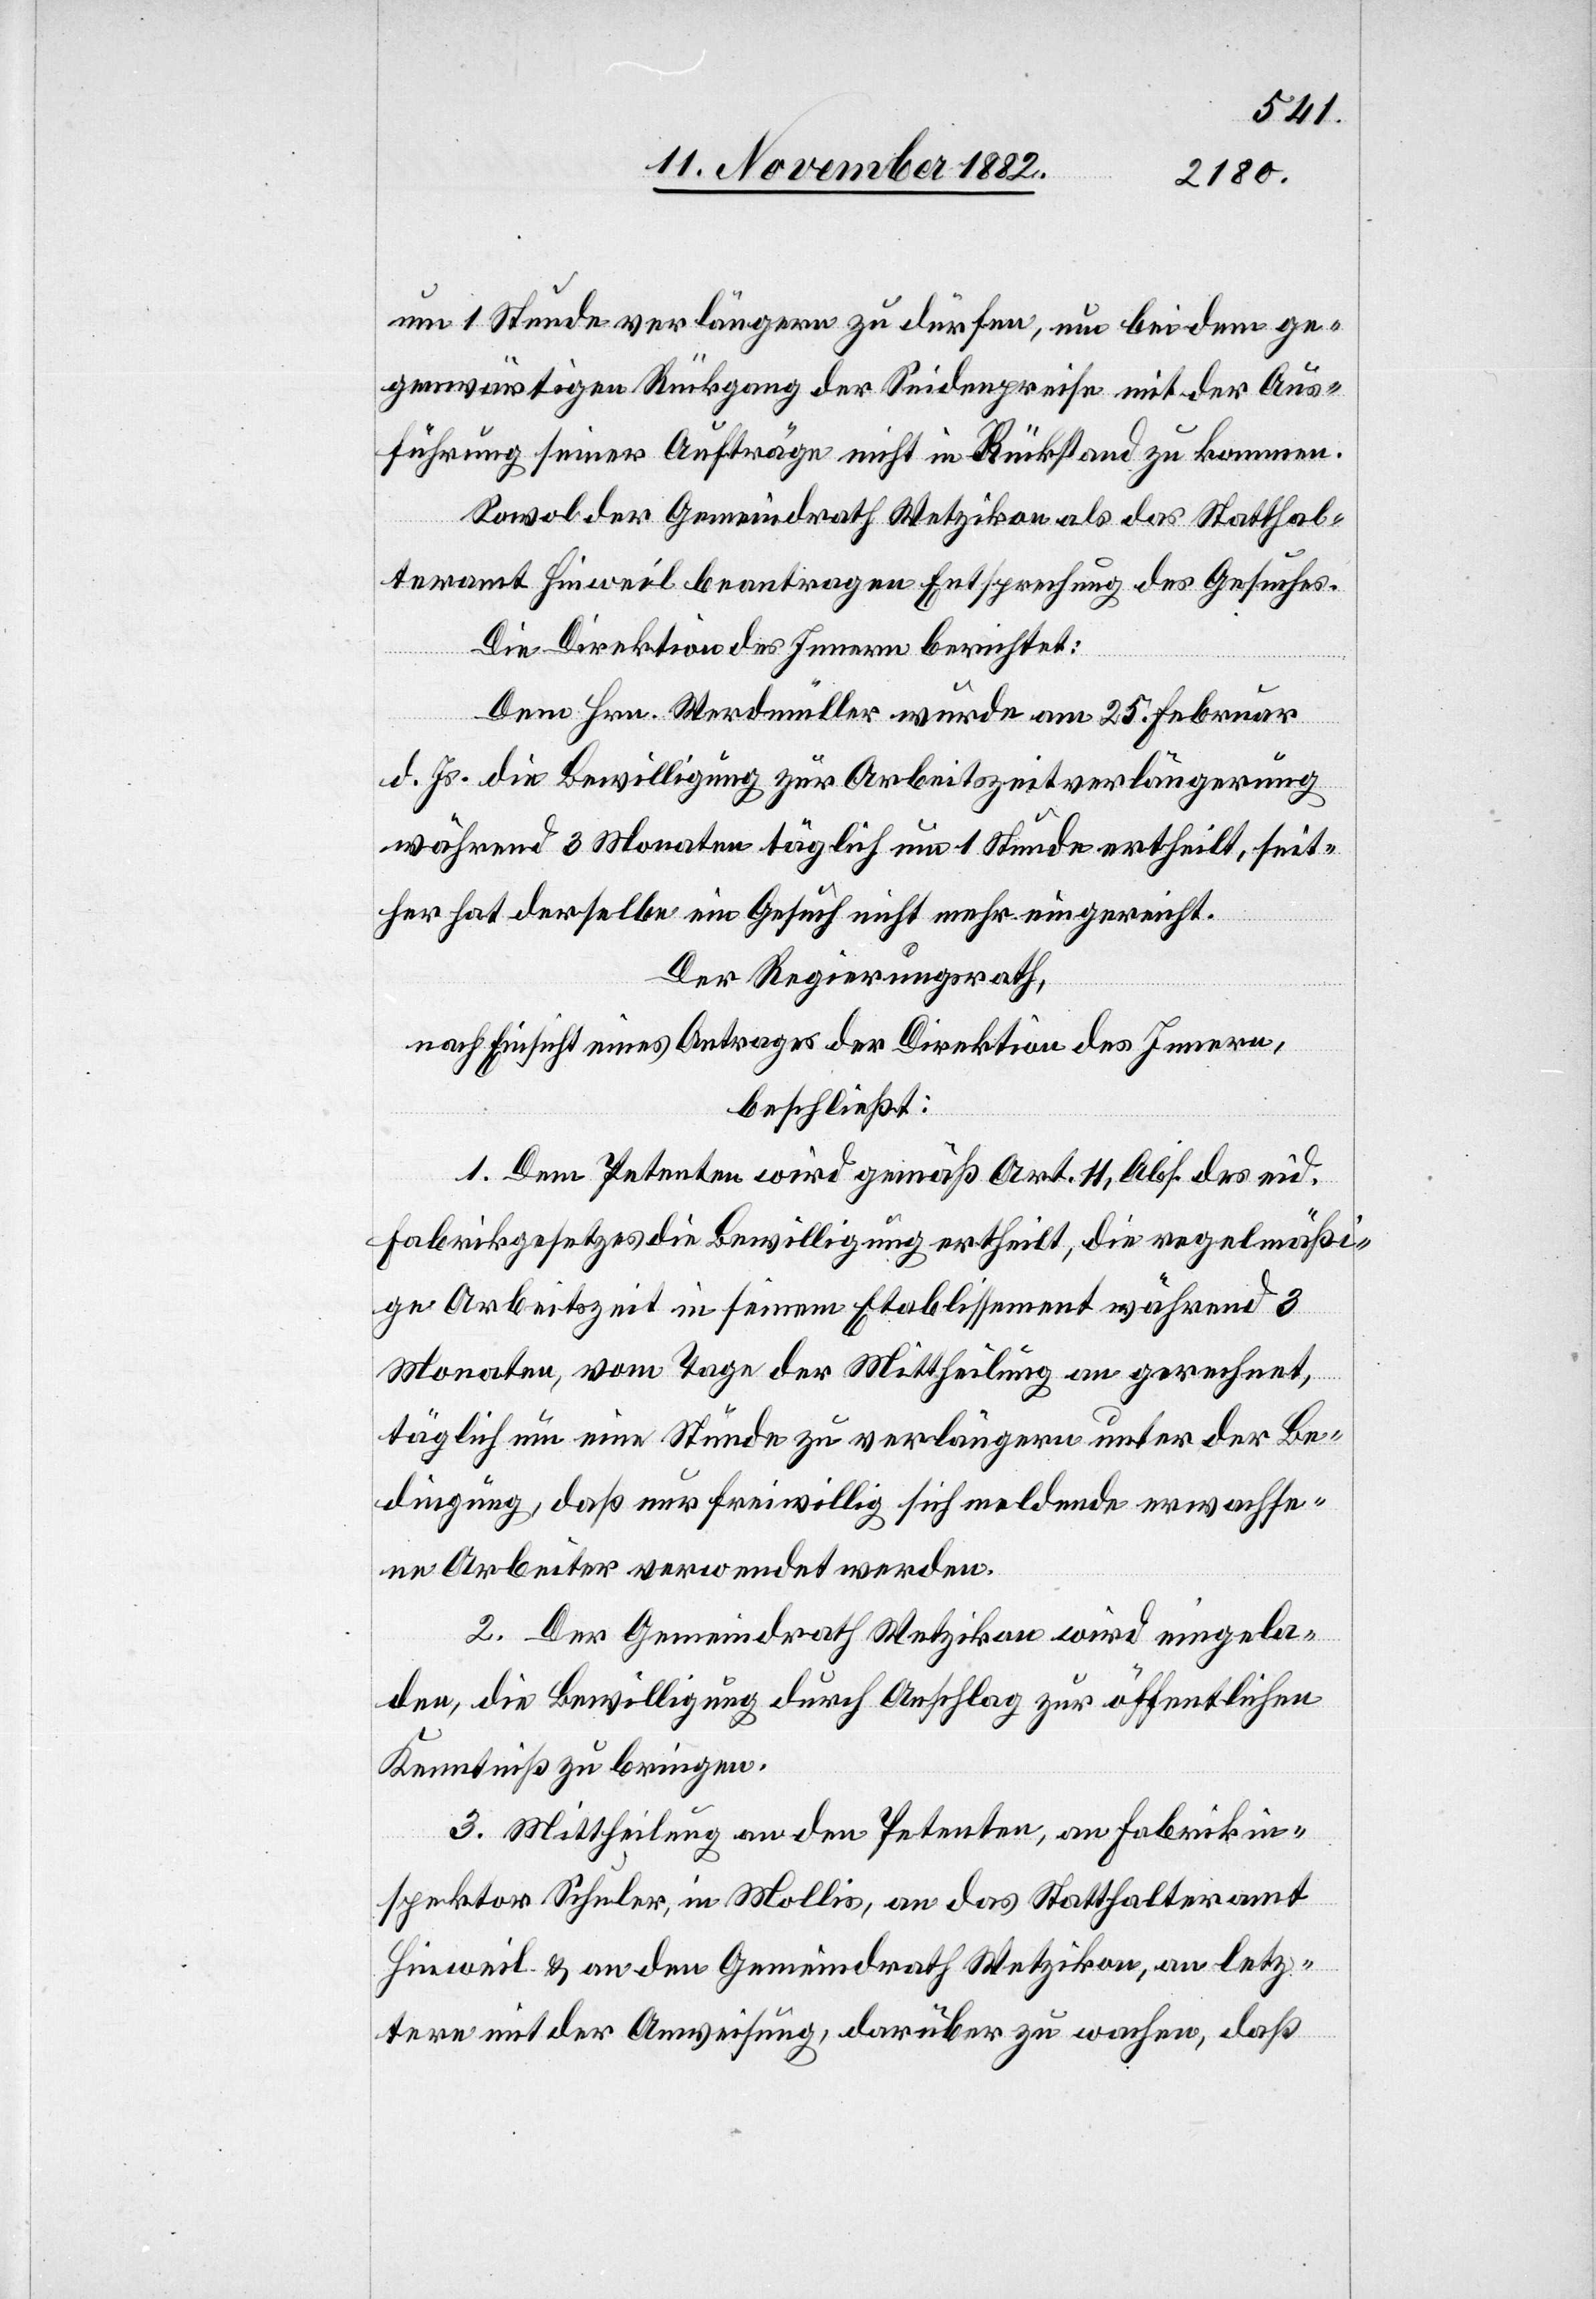
um 1 Stunde verlängern zu dürfen, um bei dem ge¬
genwärtigen Rückgang der Seidenpreise mit der Aus¬
führung seiner Aufträge nicht in Rückstand zu kommen.
Sowol der Gemeindrath Wetzikon als das Statthal¬
teramt Hinweil beantragen Entsprechung des Gesuches.
Die Direktion des Innern berichtet:
Dem Hrn. Werdmüller wurde am 25. Februar
d. Js. die Bewilligung zur Arbeitszeitverlängerung
während 3 Monaten täglich um 1 Stunde ertheilt, seit¬
her hat derselbe ein Gesuch nicht mehr eingereicht.
Der Regierungsrath,
nach Einsicht eines Antrages der Direktion des Innern,
beschließt:
1. Dem Petenten wird gemäß Art. 11, Abs. … des eid.
Fabrikgesetzes die Bewilligung ertheilt, die regelmäßi¬
ge Arbeitszeit in seinem Etablissement während 3
Monaten, vom Tage der Mittheilung an gerechnet,
täglich um eine Stunde zu verlängern unter der Be¬
dingung, daß nur freiwillig sich meldende erwachse¬
ne Arbeiter verwendet werden.
2. Der Gemeindrath Wetzikon wird eingela¬
den, die Bewilligung durch Anschlag zur öffentlichen
Kenntniß zu bringen.
3. Mittheilung an den Petenten, an Fabrikin¬
spektor Schuler, in Mollis, an das Statthalteramt
Hinweil & an den Gemeindrath Wetzikon, an letz¬
tere mit der Anweisung, darüber zu wachen, daß